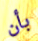
بأن